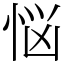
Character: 悩